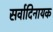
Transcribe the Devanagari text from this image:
सर्वादिनायक